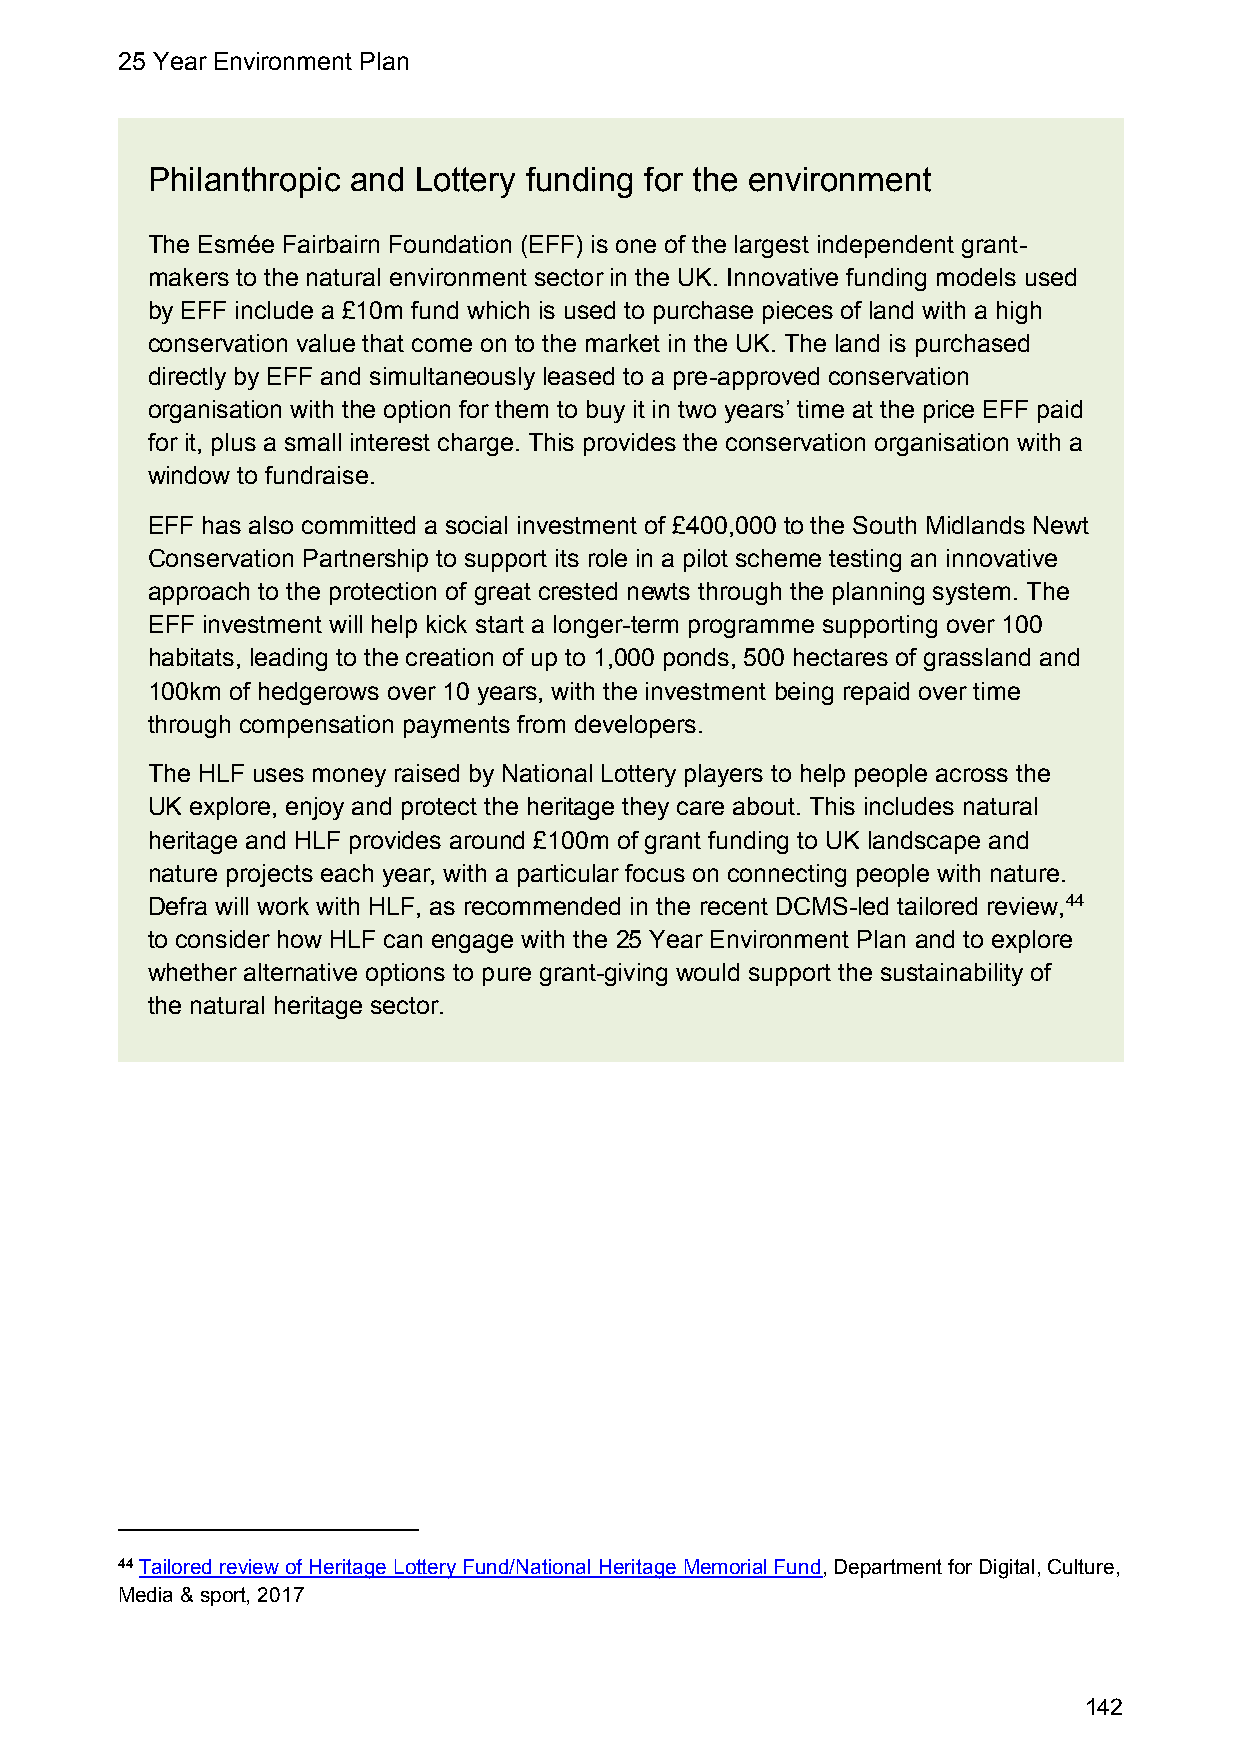
25 Year Environment Plan
 Philanthropic and Lottery funding for the environment
 The Esmée Fairbairn Foundation (EFF) is one of the largest independent grant-
 makers to the natural environment sector in the UK. Innovative funding models used
 by EFF include a £10m fund which is used to purchase pieces of land with a high
 conservation value that come on to the market in the UK. The land is purchased
 directly by EFF and simultaneously leased to a pre-approved conservation
 organisation with the option for them to buy it in two years’ time at the price EFF paid
 for it, plus a small interest charge. This provides the conservation organisation with a
 window to fundraise.
 EFF has also committed a social investment of £400,000 to the South Midlands Newt
 Conservation Partnership to support its role in a pilot scheme testing an innovative
 approach to the protection of great crested newts through the planning system. The
 EFF investment will help kick start a longer-term programme supporting over 100
 habitats, leading to the creation of up to 1,000 ponds, 500 hectares of grassland and
 100km of hedgerows over 10 years, with the investment being repaid over time
 through compensation payments from developers.
 The HLF uses money raised by National Lottery players to help people across the
 UK explore, enjoy and protect the heritage they care about. This includes natural
 heritage and HLF provides around £100m of grant funding to UK landscape and
 nature projects each year, with a particular focus on connecting people with nature.
 Defra will work with HLF, as recommended in the recent DCMS-led tailored review,44
 to consider how HLF can engage with the 25 Year Environment Plan and to explore
 whether alternative options to pure grant-giving would support the sustainability of
 the natural heritage sector.
 44 Tailored review of Heritage Lottery Fund/National Heritage Memorial Fund, Department for Digital, Culture,
 Media & sport, 2017
 142